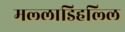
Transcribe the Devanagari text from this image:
मल्‍लाडिहल्‍लि